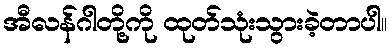
အီလန်ဂါတို့ကို ထုတ်သုံးသွားခဲ့တာပါ။